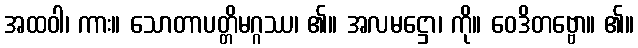
အထဝါ၊ ကား။ သောတာပတ္တိမဂ္ဂဿ၊ ၏။ အလမဋ္ဌော၊ ကို။ ဝေဒိတဗ္ဗော။ ၏။